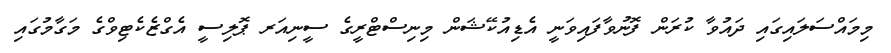
މިމައްސަލައިގައި ދައުވާ ކުރަން ފޮނުވާފައިވަނީ އެޑިއުކޭޝަން މިނިސްޓްރީގެ ސީނިއަރ ޕޮލިސީ އެގްޒެކެޓިވްގެ މަގާމުގައި